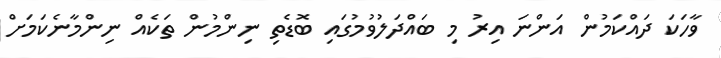
ވާހަކަ ދައްކަމުން އަންނަ އިރު މި ބައްދަލުވުމުގައި ބޮޑެތި ނިންމުން ތަކެއް ނިންމާނެކަމަށް